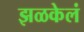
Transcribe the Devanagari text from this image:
झळकेलं